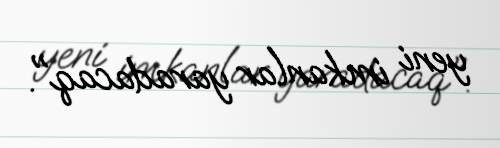
yeni imkanlar yaradacaq".